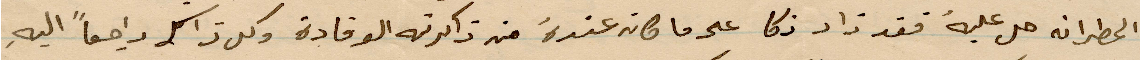
المطران جل عليه فقد ذاد ذكا عندما كان عنده من ذاكرته الوقادة وكل ذلك راجعًا اليه